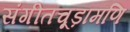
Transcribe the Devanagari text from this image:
संगीतचूड़ामणि